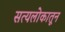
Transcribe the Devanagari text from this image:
सत्यलोकातून